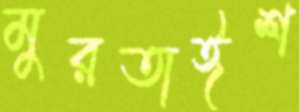
মুরতাঈশ